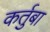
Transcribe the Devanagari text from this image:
कर्तुबा